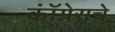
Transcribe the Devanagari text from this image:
कॉ्ंग्रेसचे